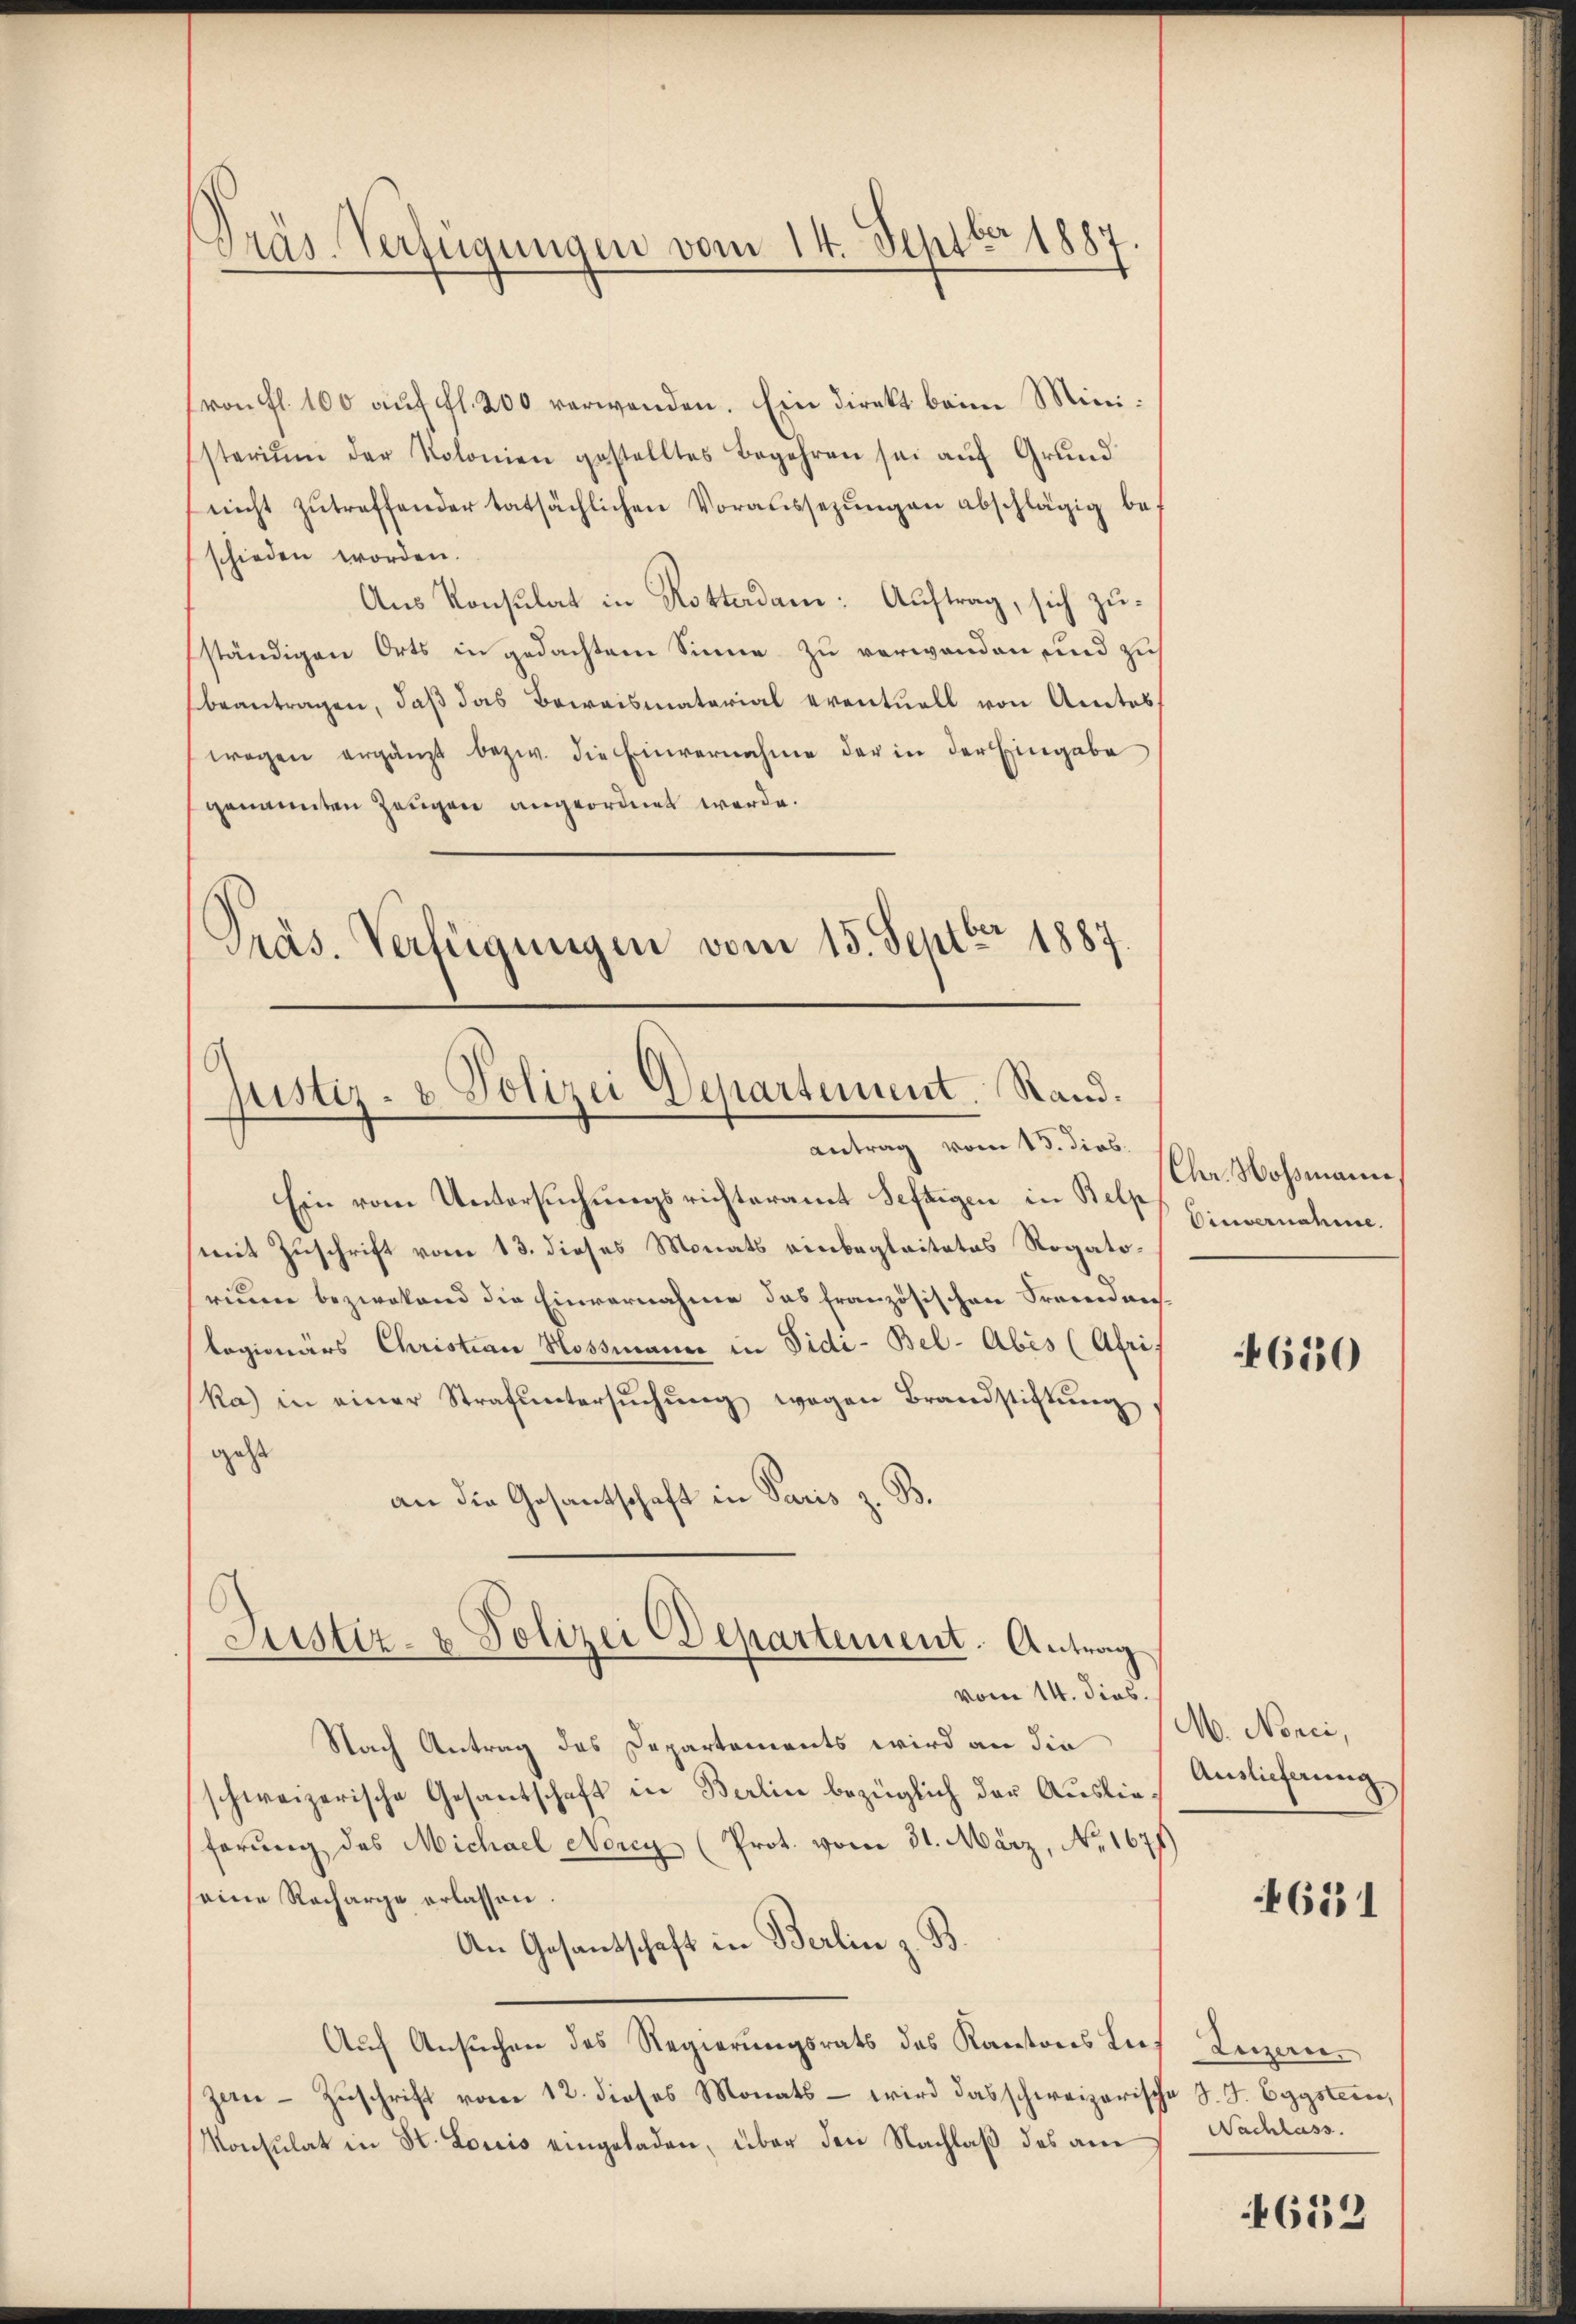
von fl. 100 aŭf fl. 200 verwenden. Ein direkt beim Mini¬
Esteriŭm der Kolonien gestelltes Begehren sei aŭf Grŭnd
nicht zutreffender tatsächlichen Voraussezungen abschlägig beschieden worden.
Aus Konsulat in Rotterdam: Auftrag, sich zuständigen Orts in gedachtem Sinne zu verwanden und zu
beantragen, daß das Beweismaterial eventuell von Amtes
wegen ergänzt bezw. die Einvernahme der in der Eingabe
genannten Zeugen angeordnet werde.
Präs. Verfügungen vom 15. Septbr 1887.

Präs. Verfügungen vom 14. Septbr 1887

Justiz- & Polizei Departement. Stand.

antrag vom 13. dies
Ein vom Untersuchungsrichteramt Seftigen in Belp
mit Zuschrift vom 13. dieses Monats einbegleitetes Rogatoreine bezwekend die Einvernahme das französischen Freudweilagionärs Christian Hossmann in Fidi-Bel-Abes (Afri
(ka) in einer Strafuntersŭchŭng wegen Brandstiftung,
gest
an die Gesantschaft in Paris z. B.
Nach Antrag des Departements wird an die
schweizerische Gesantschaft in Berlin bezüglich der Auslieferung des Michael Nery (Prot. vom 31. März, No. 1671)
seine Recharge erlassen.
An Gesandschaft in Berlin z. B.
Auf Ansuchen des Regierungsrats des Kantons Luf Leizanzan - Zuschrift vom 12. dieses Monats - wird das schweizerische S. J. Eggstein,
Monsulat in St. Louis eingeladen, über den Nachlaß des am

Justiz- & Polizei Departement. Antrag
vom 14. dies

Chr. Mossmann,
Einvernahme.

650

M. Nonei,
Auslieferung

4631

Nachlass.

4652